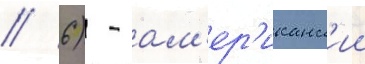
// 6) - ам'ер'иканск'ии